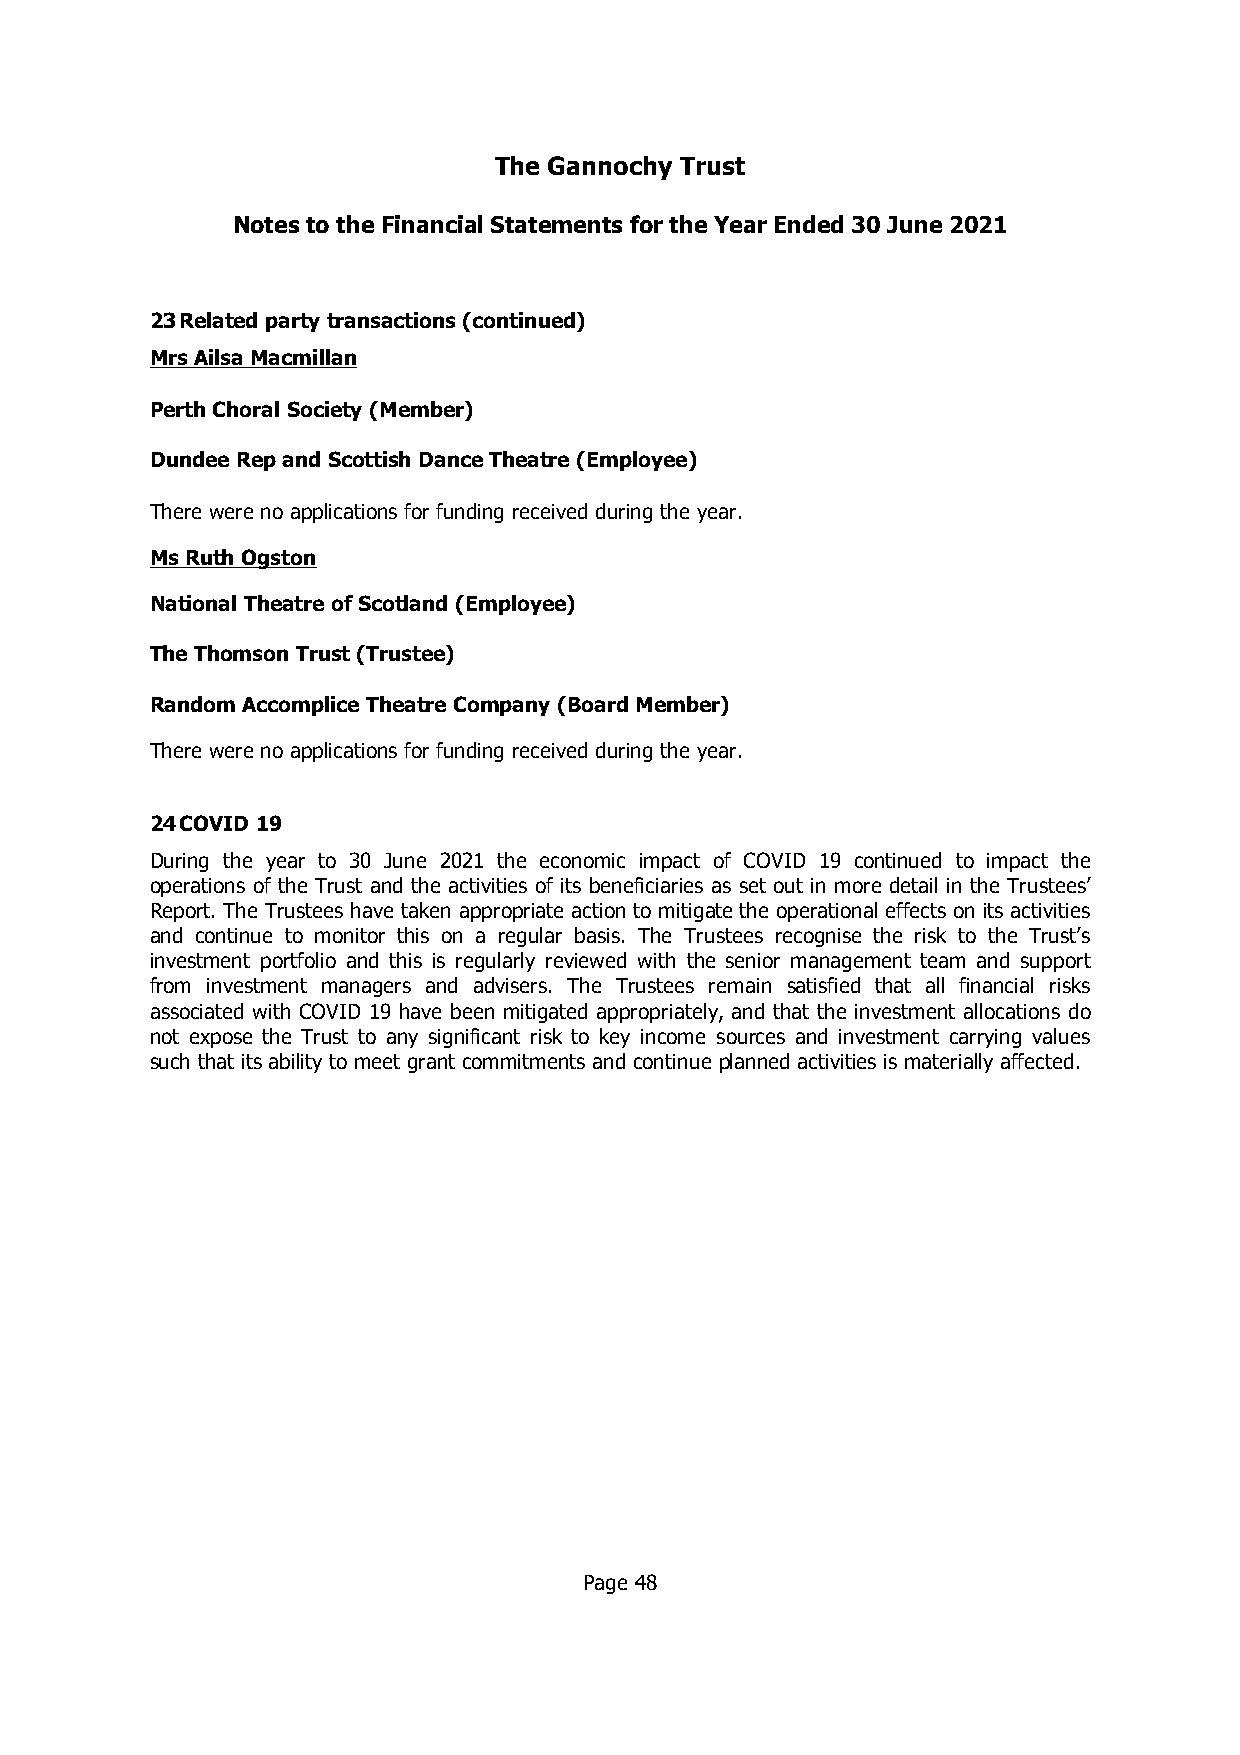
The Gannochy Trust
 Notes to the Financial Statements for the Year Ended 30 June 2021
 23Related party transactions (continued)
 Mrs AilsaMacmillan
 Perth Choral Society (Member)
 Dundee Repand Scottish DanceTheatre (Employee)
 There were no applications for funding received during the year.
 Ms Ruth Ogston
 National Theatre of Scotland (Employee)
 TheThomson Trust(Trustee)
 Random Accomplice Theatre Company (BoardMember)
 There were no applications for funding received during the year.
 24COVID 19
 During the year to 30 June 2021 the economic impact of COVID 19 continued to impact the
 operations of the Trust and the activities of its beneficiaries as set out in more detail in the Trustees’
 Report. The Trustees have taken appropriate action to mitigate the operational effects on its activities
 and continue to monitor this on a regular basis. The Trustees recognise the risk to the Trust’s
 investment portfolio and this is regularly reviewed with the senior management team and support
 from investment managers and advisers. The Trustees remain satisfied that all financial risks
 associated with COVID 19 have been mitigated appropriately, and that the investment allocations do
 not expose the Trust to any significant risk to key income sources and investment carrying values
 such that its ability to meet grant commitments and continue planned activities is materially affected.
 Page 48